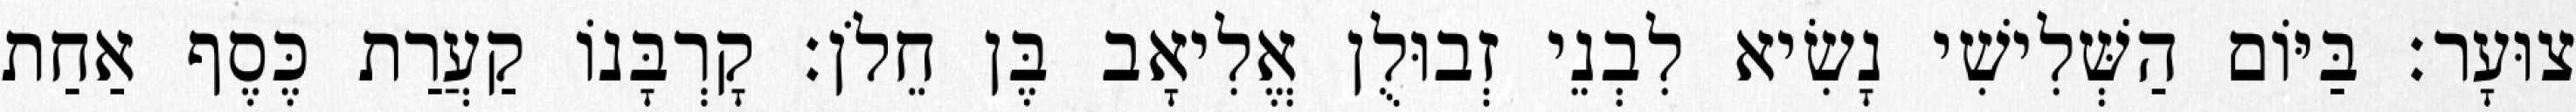
צוּעָר׃ בַּיּוֹם הַשְּׁלִישִׁי נָשִׂיא לִבְנֵי זְבוּלֻן אֱלִיאָב בֶּן חֵלֹן׃ קָרְבָּנוֹ קַעֲרַת כֶּסֶף אַחַת